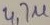
Text: 4.7µ